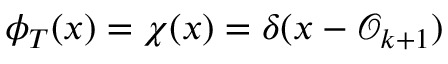
\phi _ { T } ( x ) = \chi ( x ) = \delta ( x - \mathcal { O } _ { k + 1 } )